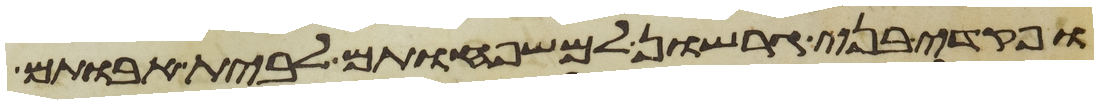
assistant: ופקדי בני גרשון למשפחותם לבית אבותם